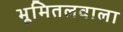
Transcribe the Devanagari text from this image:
भूमितलवाला